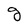
Character: g